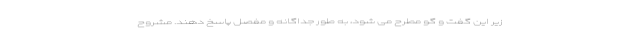
زیر این گفت و گو مطرح می شود، به طور جداگانه و مفصل پاسخ دهند. مشروح